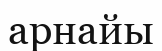
арнайы